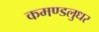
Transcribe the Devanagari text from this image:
कमण्डलुधर